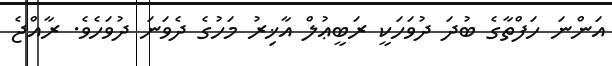
އަންނަ ހަފްތާގެ ބުދަ ދުވަހަކީ ރަބީޢުލް އާޚިރު މަހުގެ ދެވަނަ ދުވަހެވެ. ރާއްޖެ